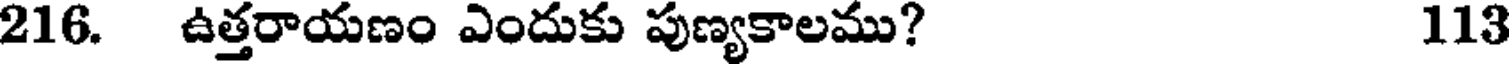
216. ఉత్తరాయణం ఎందుకు పుణ్యకాలము? 113